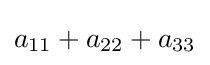
a_{11}+a_{22}+a_{33}